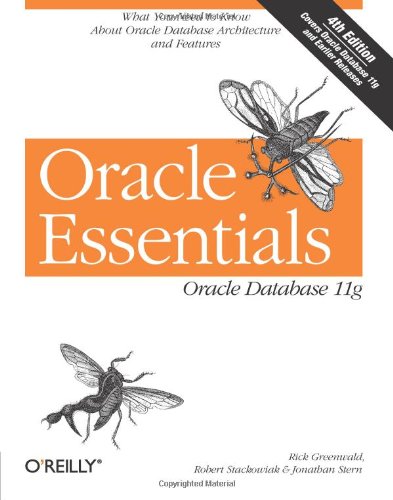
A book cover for Oracle Essentials: Oracle Database 11g; Rick Greenwald; Computers & Technology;